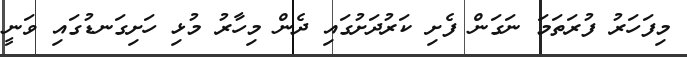
މިފަހަރު ފުރަތަމަ ނަގަން ފެށި ކަރުދަށުގައި ދެން މިހާރު މުޅި ހަށިގަނޑުގައި ވަނީ